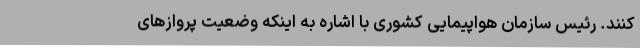
کنند. رئیس سازمان هواپیمایی کشوری با اشاره به اینکه وضعیت پروازهای